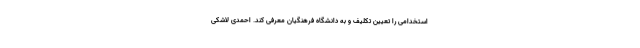
استخدامی را تعیین تکلیف و به دانشگاه فرهنگیان معرفی کند. احمدی لاشکی